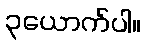
၃ယောက်ပါ။